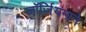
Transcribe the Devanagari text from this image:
जॉर्जियनाने